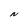
Character: N